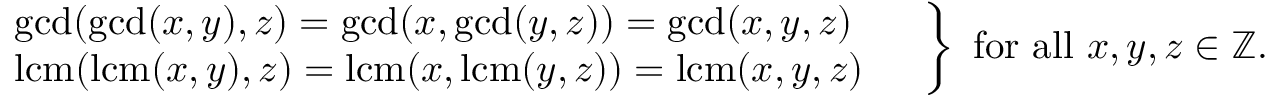
\left. { \begin{array} { l } { \gcd ( \gcd ( x , y ) , z ) = \gcd ( x , \gcd ( y , z ) ) = \gcd ( x , y , z ) \ \quad } \\ { \operatorname { l c m } ( \operatorname { l c m } ( x , y ) , z ) = \operatorname { l c m } ( x , \operatorname { l c m } ( y , z ) ) = \operatorname { l c m } ( x , y , z ) \quad } \end{array} } \right\} { \mathrm { ~ f o r ~ a l l ~ } } x , y , z \in \mathbb { Z } .